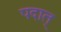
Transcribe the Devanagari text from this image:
पदात्